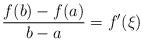
LaTeX: \begin{align*}\frac{f(b) - f(a)}{b-a} = f'(\xi)\end{align*}